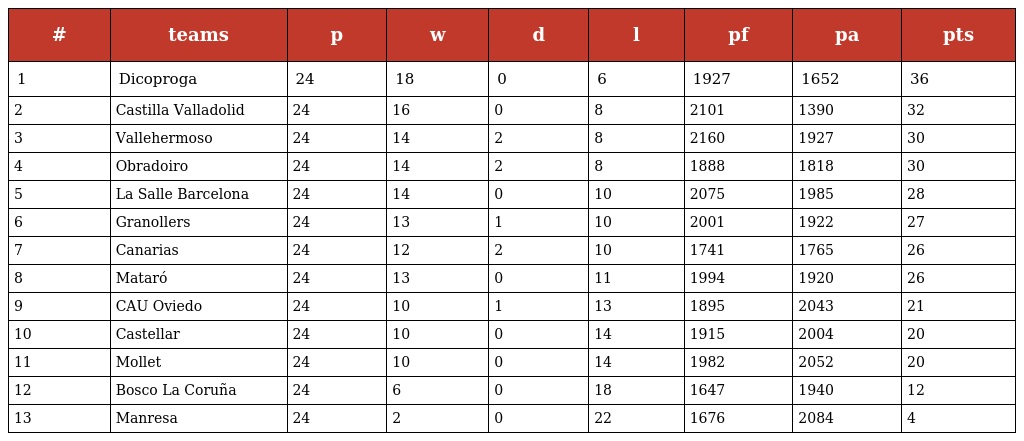
| # | teams | p | w | d | l | pf | pa | pts |
 | --- | --- | --- | --- | --- | --- | --- | --- | --- |
 | 1 | Dicoproga | 24 | 18 | 0 | 6 | 1927 | 1652 | 36 |
 | 2 | Castilla Valladolid | 24 | 16 | 0 | 8 | 2101 | 1390 | 32 |
 | 3 | Vallehermoso | 24 | 14 | 2 | 8 | 2160 | 1927 | 30 |
 | 4 | Obradoiro | 24 | 14 | 2 | 8 | 1888 | 1818 | 30 |
 | 5 | La Salle Barcelona | 24 | 14 | 0 | 10 | 2075 | 1985 | 28 |
 | 6 | Granollers | 24 | 13 | 1 | 10 | 2001 | 1922 | 27 |
 | 7 | Canarias | 24 | 12 | 2 | 10 | 1741 | 1765 | 26 |
 | 8 | Mataró | 24 | 13 | 0 | 11 | 1994 | 1920 | 26 |
 | 9 | CAU Oviedo | 24 | 10 | 1 | 13 | 1895 | 2043 | 21 |
 | 10 | Castellar | 24 | 10 | 0 | 14 | 1915 | 2004 | 20 |
 | 11 | Mollet | 24 | 10 | 0 | 14 | 1982 | 2052 | 20 |
 | 12 | Bosco La Coruña | 24 | 6 | 0 | 18 | 1647 | 1940 | 12 |
 | 13 | Manresa | 24 | 2 | 0 | 22 | 1676 | 2084 | 4 |